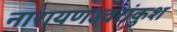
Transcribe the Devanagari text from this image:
नारायणज्वरांकुश